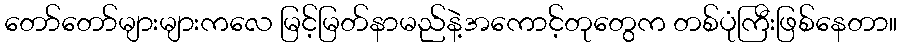
တော်တော်များများကလေ မြင့်မြတ်နာမည်နဲ့အကောင့်တုတွေက တစ်ပုံကြီးဖြစ်နေတာ။